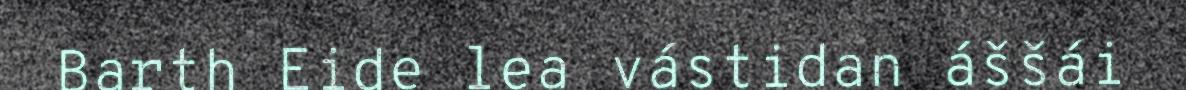
Barth Eide lea vástidan áššái